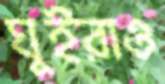
ঘুইরাও